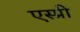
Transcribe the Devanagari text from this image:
एस्प्री